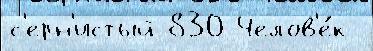
с'ерн'истый 830 Челов'е́к